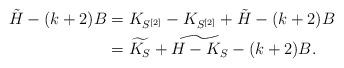
LaTeX: \begin{align*}\tilde H -(k+2)B&= K_{S^{[2]}}-K_{S^{[2]}}+ \tilde H -(k+2)B\\&=\widetilde{K_S}+ \widetilde{H-K_S}-(k+2)B.\end{align*}